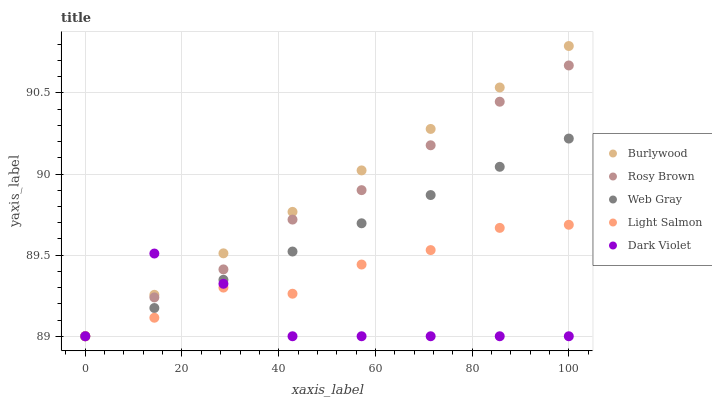
| xaxis_label | Burlywood | Rosy Brown | Web Gray | Light Salmon | Dark Violet |
 | --- | --- | --- | --- | --- | --- |
 | 0 | 89 | 89 | 89 | 89 | 89 |
 | 14.3 | 89.3 | 89.2 | 89.2 | 89.1 | 89.5 |
 | 28.6 | 89.5 | 89.4 | 89.3 | 89.3 | 89.3 |
 | 42.9 | 89.8 | 89.7 | 89.5 | 89.3 | 89 |
 | 57.1 | 90 | 89.9 | 89.7 | 89.4 | 89 |
 | 71.4 | 90.3 | 90.2 | 89.9 | 89.5 | 89 |
 | 85.7 | 90.5 | 90.4 | 90 | 89.7 | 89 |
 | 100 | 90.8 | 90.7 | 90.2 | 89.7 | 89 |